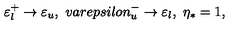
\varepsilon _ { l } ^ { + } \rightarrow \varepsilon _ { u } , \ v a r e p s i l o n _ { u } ^ { - } \rightarrow \varepsilon _ { l } , \ \eta _ { * } = 1 ,